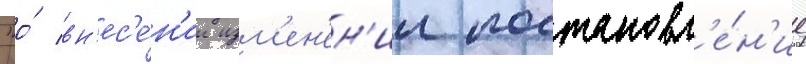
"о́ вн'ес'е́н'ии изм'ен'ен'ии постановл'е́н'ие